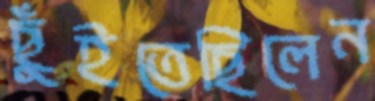
ছুঁইতেছিলেন